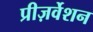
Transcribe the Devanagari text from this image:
प्रीज़र्वेशन